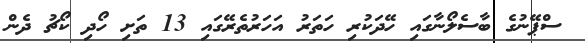
ސްޕޭނުގެ ބާސެލޯނާގައި ހޭދަކުރި ހަތަރު އަހަރުތެރޭގައި 13 ތަށި ހޯދި ކޯޗު ދެން